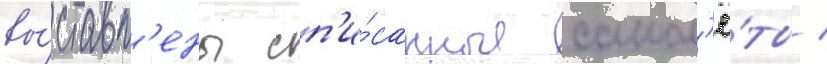
вы́ставл'ены сп'и́санные самол'ё́ты /